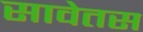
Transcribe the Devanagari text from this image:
सावेतस